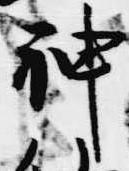
神